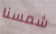
شمسنا